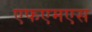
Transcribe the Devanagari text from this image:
एफएमएस